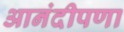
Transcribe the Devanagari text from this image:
आनंदीपणा